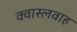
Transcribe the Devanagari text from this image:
क्वास्लवाह